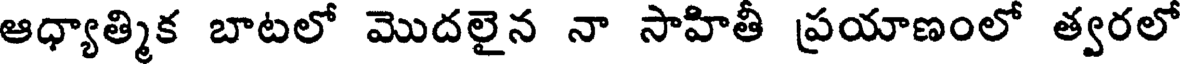
ఆధ్యాత్మిక బాటలో మొదలైన నా సాహితీ ప్రయాణంలో త్వరలో